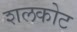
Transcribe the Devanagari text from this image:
शलकोट